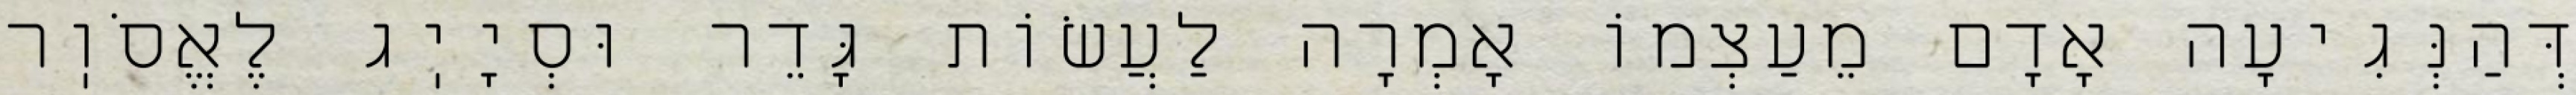
דְּהַנְּגִיעָה אָדָם מֵעַצְמוֹ אָמְרָה לַעֲשׂוֹת גָּדֵר וּסְיָיֽג לֶאֱסֹוֽר